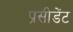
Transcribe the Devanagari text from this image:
प्रसीडेंट